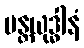
မန္တယုဒ္ဓါနံ